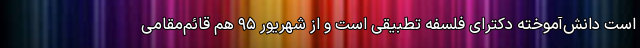
است دانش‌آموخته دکترای فلسفه تطبیقی است و از شهریور ۹۵ هم قائم‌مقامی